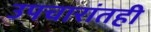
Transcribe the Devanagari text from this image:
उपचारांतही